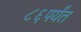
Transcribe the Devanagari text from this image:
८६पर्यंत